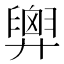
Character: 𢍱